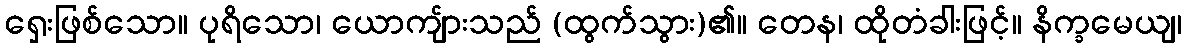
ရှေးဖြစ်သော။ ပုရိသော၊ ယောကျ်ားသည် (ထွက်သွား)၏။ တေန၊ ထိုတံခါးဖြင့်။ နိက္ခမေယျ၊